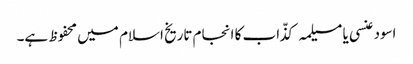
اسود عنسی یا مسیلمہ کذّاب کا انجام تاریخ اسلام میں محفوظ ہے۔